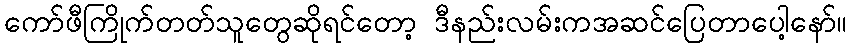
ကော်ဖီကြိုက်တတ်သူတွေဆိုရင်တော့ ဒီနည်းလမ်းကအဆင်ပြေတာပေါ့နော်။